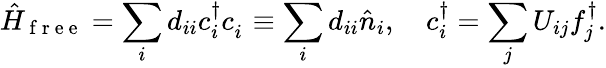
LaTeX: \hat{H}_{\mathrm{~f~r~e~e~}}=\sum_{i}d_{ii}c_{i}^{\dagger}c_{i}^{\phantom{\dagger}}\equiv\sum_{i}d_{ii}\hat{n}_{i},\quad c_{i}^{\dagger}=\sum_{j}U_{ij}f_{j}^{\dagger}.